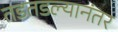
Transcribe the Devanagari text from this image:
तडतडल्यानंतर